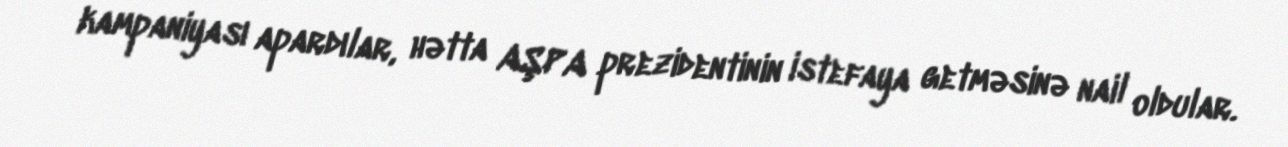
kampaniyası apardılar, hətta AŞPA prezidentinin istefaya getməsinə nail oldular.